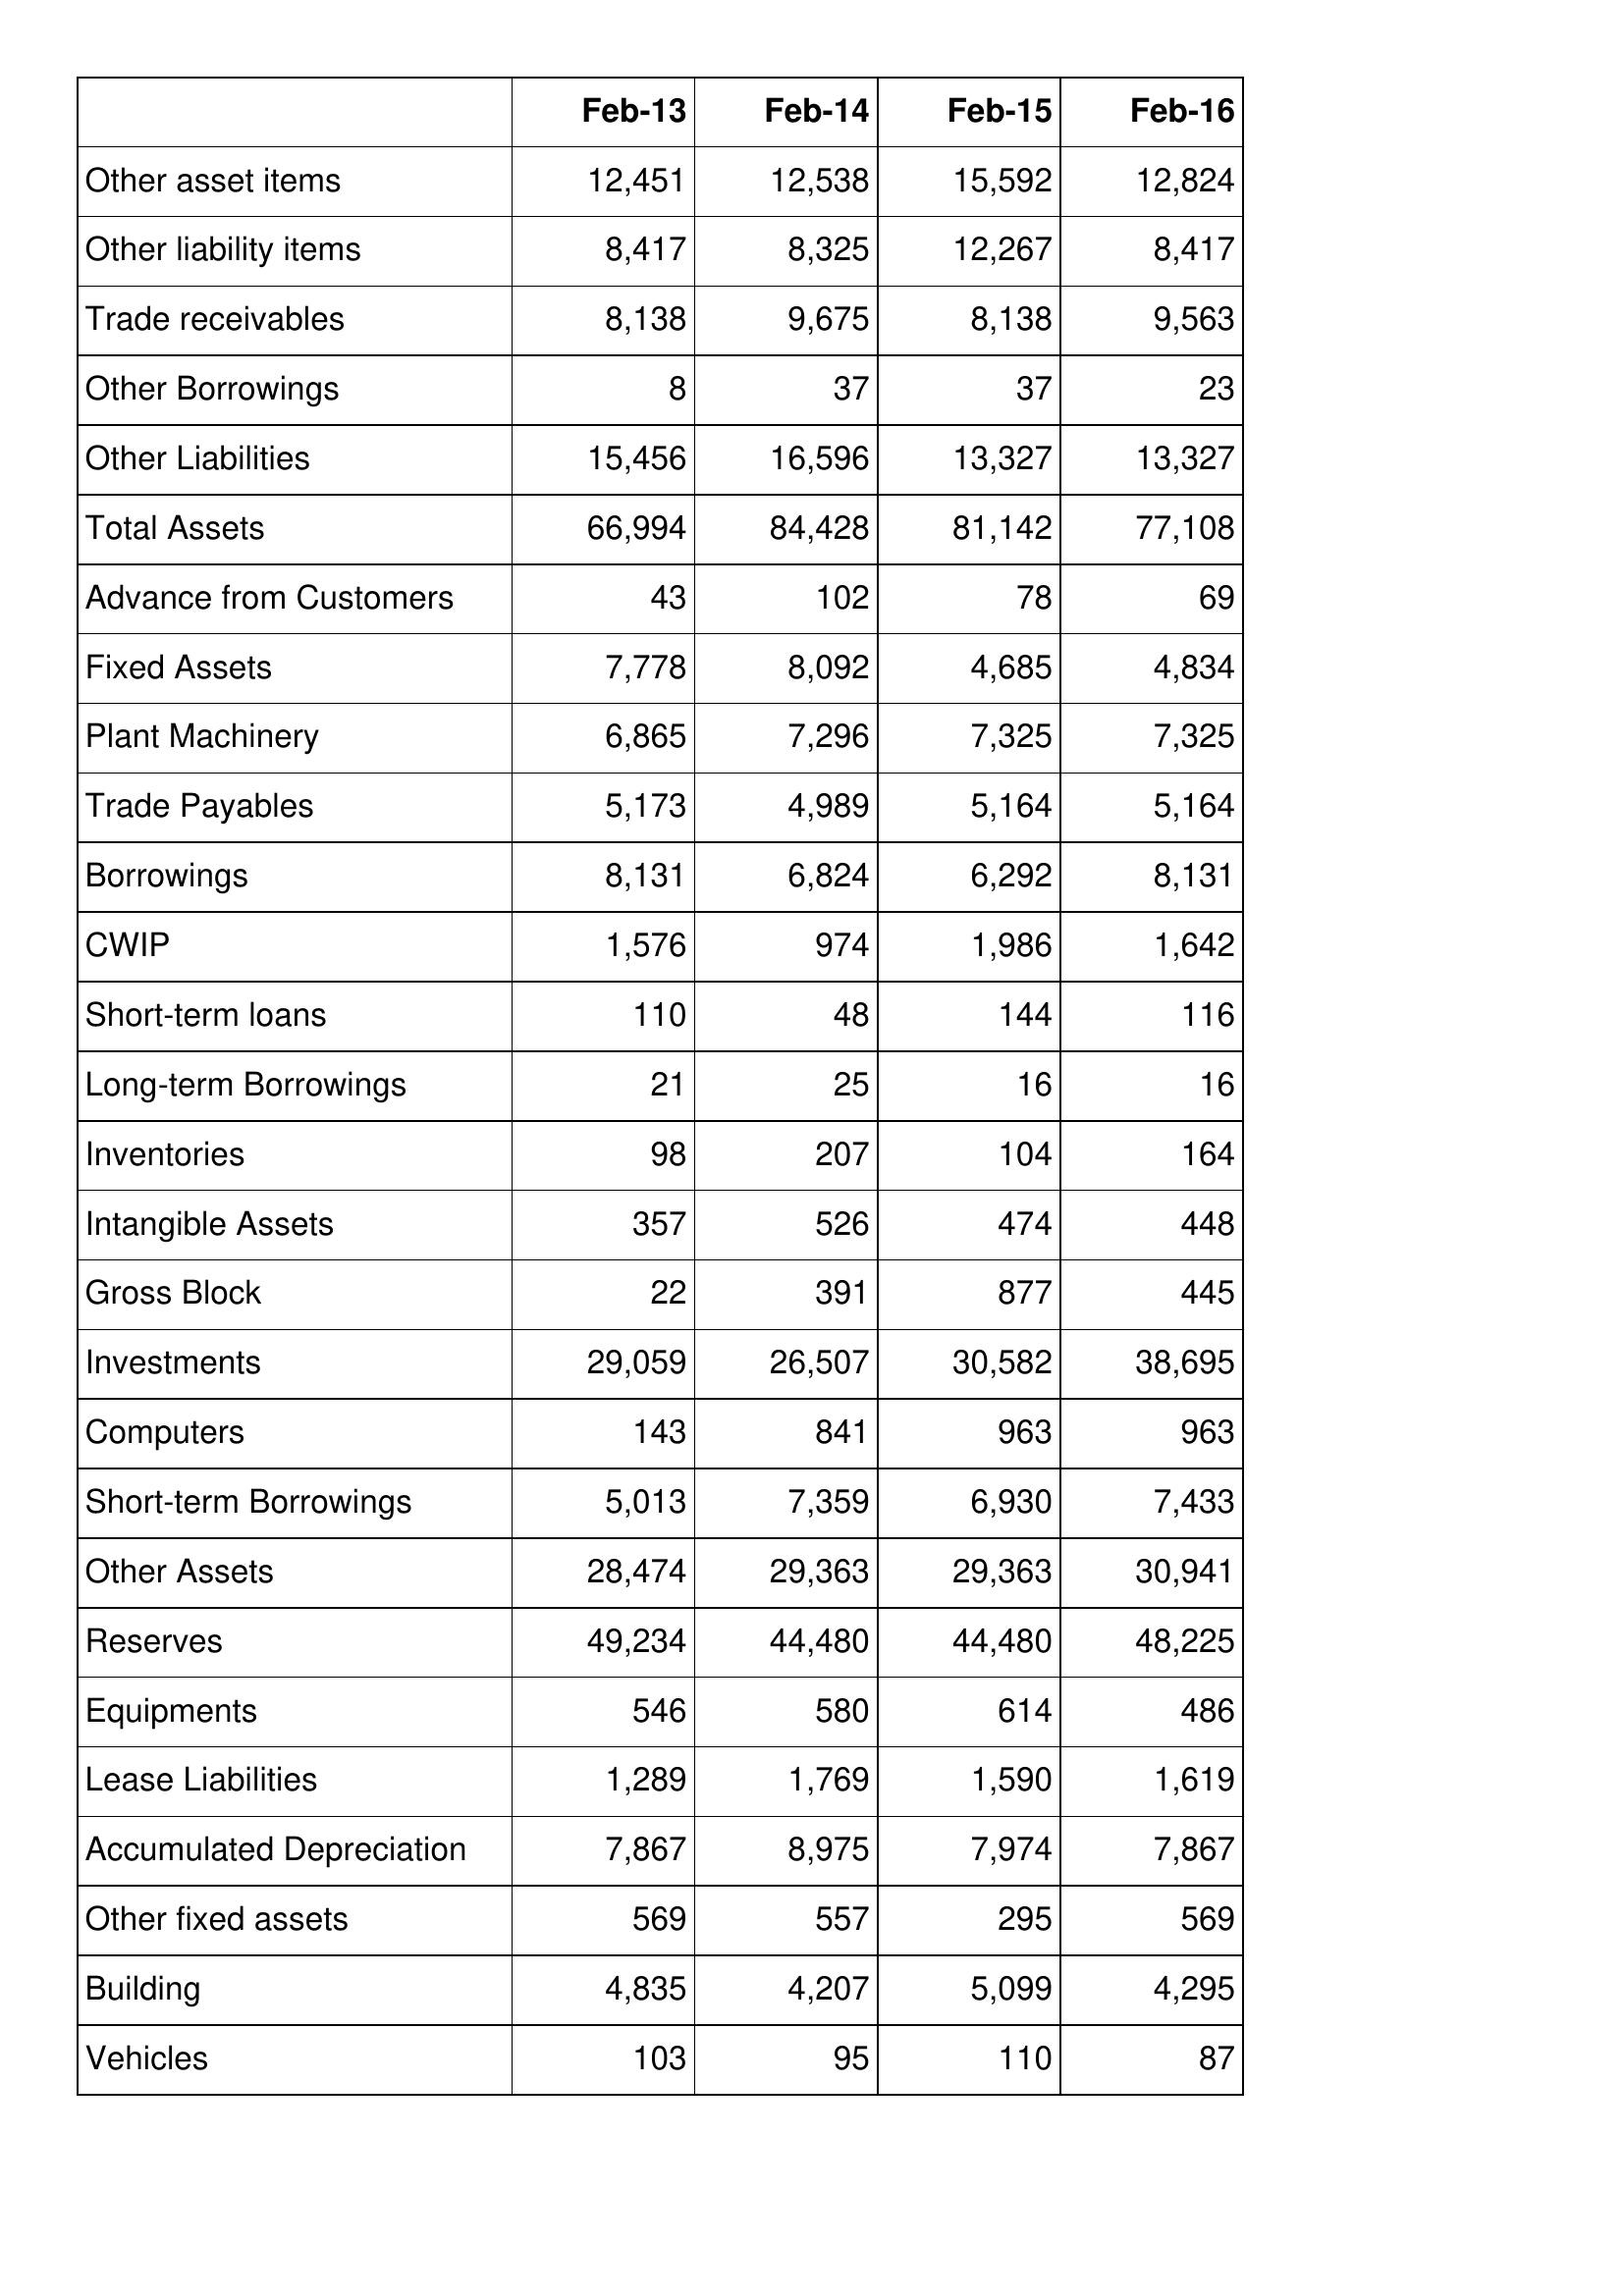
Feb-13: Balance Sheet: Other asset items: 12,451
Other liability items: 8,417
Trade receivables: 8,138
Other Borrowings: 8
Other Liabilities: 15,456
Total Assets: 66,994
Advance from Customers: 43
Fixed Assets: 7,778
Plant Machinery: 6,865
Trade Payables: 5,173
Borrowings: 8,131
CWIP: 1,576
Short-term loans: 110
Long-term Borrowings: 21
Inventories: 98
Intangible Assets: 357
Gross Block: 22
Investments: 29,059
Computers: 143
Short-term Borrowings: 5,013
Other Assets: 28,474
Reserves: 49,234
Equipments: 546
Lease Liabilities: 1,289
Accumulated Depreciation: 7,867
Other fixed assets: 569
Building: 4,835
Vehicles: 103
Feb-14: Balance Sheet: Other asset items: 12,538
Other liability items: 8,325
Trade receivables: 9,675
Other Borrowings: 37
Other Liabilities: 16,596
Total Assets: 84,428
Advance from Customers: 102
Fixed Assets: 8,092
Plant Machinery: 7,296
Trade Payables: 4,989
Borrowings: 6,824
CWIP: 974
Short-term loans: 48
Long-term Borrowings: 25
Inventories: 207
Intangible Assets: 526
Gross Block: 391
Investments: 26,507
Computers: 841
Short-term Borrowings: 7,359
Other Assets: 29,363
Reserves: 44,480
Equipments: 580
Lease Liabilities: 1,769
Accumulated Depreciation: 8,975
Other fixed assets: 557
Building: 4,207
Vehicles: 95
Feb-15: Balance Sheet: Other asset items: 15,592
Other liability items: 12,267
Trade receivables: 8,138
Other Borrowings: 37
Other Liabilities: 13,327
Total Assets: 81,142
Advance from Customers: 78
Fixed Assets: 4,685
Plant Machinery: 7,325
Trade Payables: 5,164
Borrowings: 6,292
CWIP: 1,986
Short-term loans: 144
Long-term Borrowings: 16
Inventories: 104
Intangible Assets: 474
Gross Block: 877
Investments: 30,582
Computers: 963
Short-term Borrowings: 6,930
Other Assets: 29,363
Reserves: 44,480
Equipments: 614
Lease Liabilities: 1,590
Accumulated Depreciation: 7,974
Other fixed assets: 295
Building: 5,099
Vehicles: 110
Feb-16: Balance Sheet: Other asset items: 12,824
Other liability items: 8,417
Trade receivables: 9,563
Other Borrowings: 23
Other Liabilities: 13,327
Total Assets: 77,108
Advance from Customers: 69
Fixed Assets: 4,834
Plant Machinery: 7,325
Trade Payables: 5,164
Borrowings: 8,131
CWIP: 1,642
Short-term loans: 116
Long-term Borrowings: 16
Inventories: 164
Intangible Assets: 448
Gross Block: 445
Investments: 38,695
Computers: 963
Short-term Borrowings: 7,433
Other Assets: 30,941
Reserves: 48,225
Equipments: 486
Lease Liabilities: 1,619
Accumulated Depreciation: 7,867
Other fixed assets: 569
Building: 4,295
Vehicles: 87